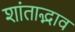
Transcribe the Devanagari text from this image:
शांताद्भाव